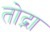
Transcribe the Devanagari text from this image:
तोद्ना